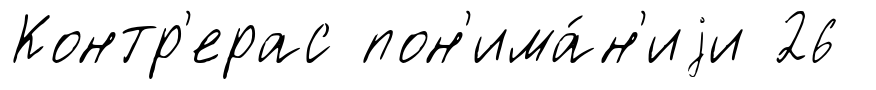
Контр'ерас пон'има́н'иjи 26